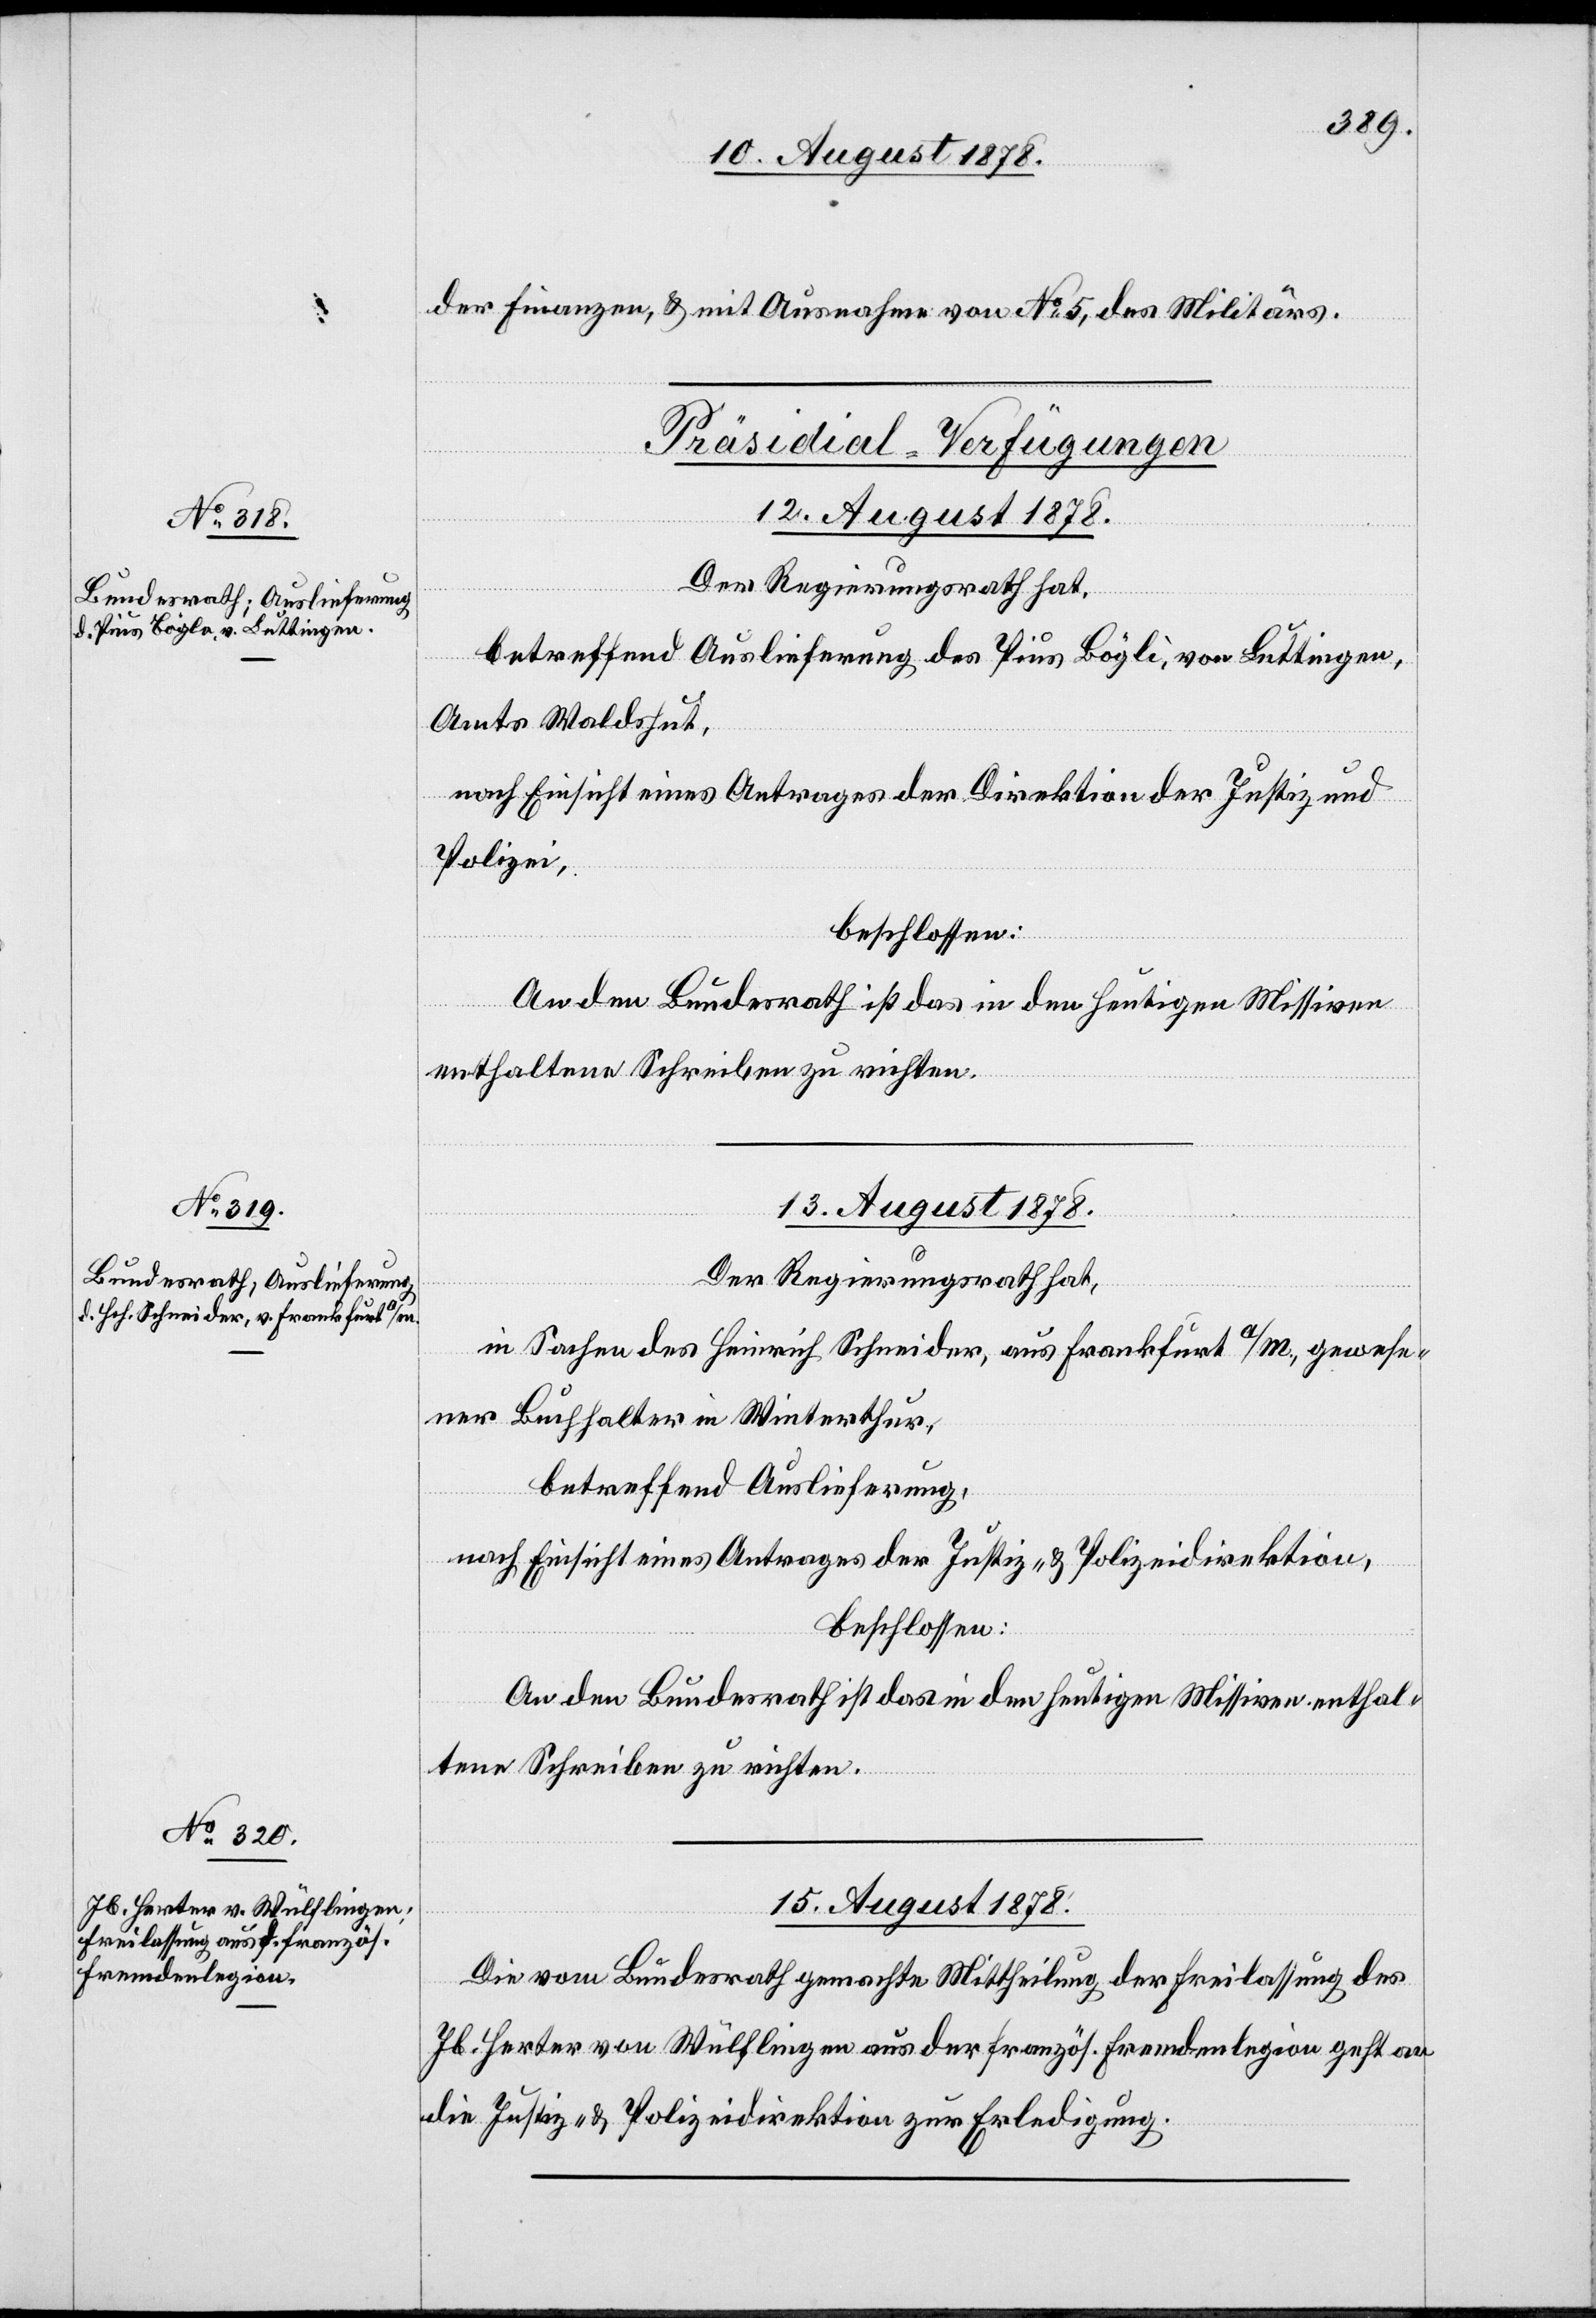
der Finanzen, & mit Ausnahme von No 5, des Militärs.
[Präsidial-Verfügungen]
12. August 1878.
Der Regierungsrath hat,
Amts Waldshut,
nach Einsicht eines Antrages der Direktion der Justiz &
Polizei,
beschlossen:
An den Bundesrath ist das in den heutigen Missiven
enthaltene Schreiben zu richten.
13. August 1878.
Der Regierungsrath hat,
in Sachen des Heinrich Schneider, aus Frankfurt a/m., gewese¬
ner Buchhalter in Winterthur,
betreffend Auslieferung,
15. August 1878.
Die vom Bundesrath gemachte Mittheilung der Freilassung des
Jb. Herter von Wülflingen aus der französ. Fremdenlegion geht an
die Justiz- & Polizeidirektion zur Erledigung.